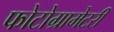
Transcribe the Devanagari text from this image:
फोटोग्रामेटरी